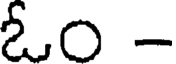
ఓం -